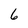
Character: 6